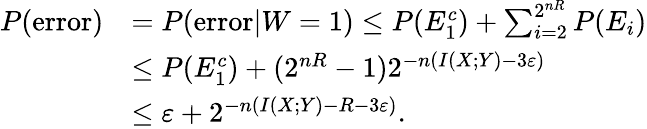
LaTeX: {\begin{array}{rl}{P({\mathrm{error}})}&{=P({\mathrm{error}}|W=1)\leq P(E_{1}^{c})+\sum_{i=2}^{2^{nR}}P(E_{i})}\\ &{\leq P(E_{1}^{c})+(2^{nR}-1)2^{-n(I(X;Y)-3\varepsilon)}}\\ &{\leq\varepsilon+2^{-n(I(X;Y)-R-3\varepsilon)}.}\end{array}}